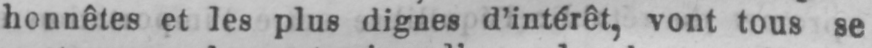
honnêtes et les plus dignes d’intérêt, vont tous se